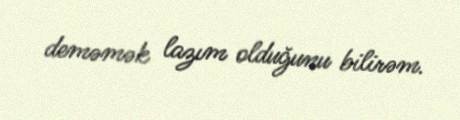
deməmək lazım olduğunu bilirəm.